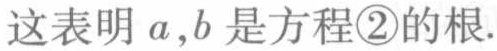
这表明 \(a,b\) 是方程\textcircled{2}的根.